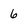
Character: 6